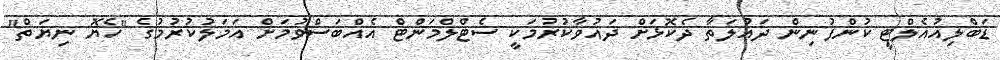
ޑަބްލިއުއެލްޓީ ކުންފުނިން ދައުލަތާ ދެކޮޅަށް ދައުވާކުރުމަކީ ސެޓްލްމަންޓް އެއްބަސްވުމަށް އަމަލުކުރުމުގެ "ހެޔޮ ނިޔަތް"